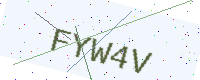
Text: FYW4V